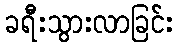
ခရီးသွားလာခြင်း